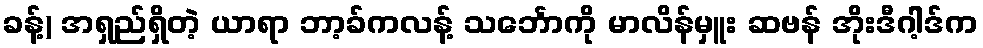
ခန့်) အရှည်ရှိတဲ့ ယာရာ ဘာ့ခ်ကလန့် သင်္ဘောကို မာလိန်မှူး ဆဗန် အိုးဒီဂါ့ဒ်က